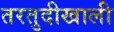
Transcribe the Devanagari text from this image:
तरतुदीखाली